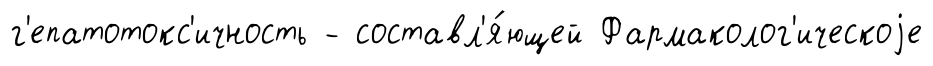
г'епатотокс'ичность - составл'я́ющей Фармаколог'ическоjе